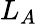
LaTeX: L_{A}